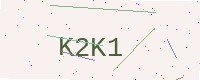
Text: K2K1